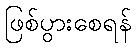
ဖြစ်ပွားစေရန်